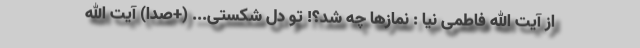
از آیت الله فاطمی نیا : نمازها چه شد؟! تو دل شکستی... (+صدا) آیت الله